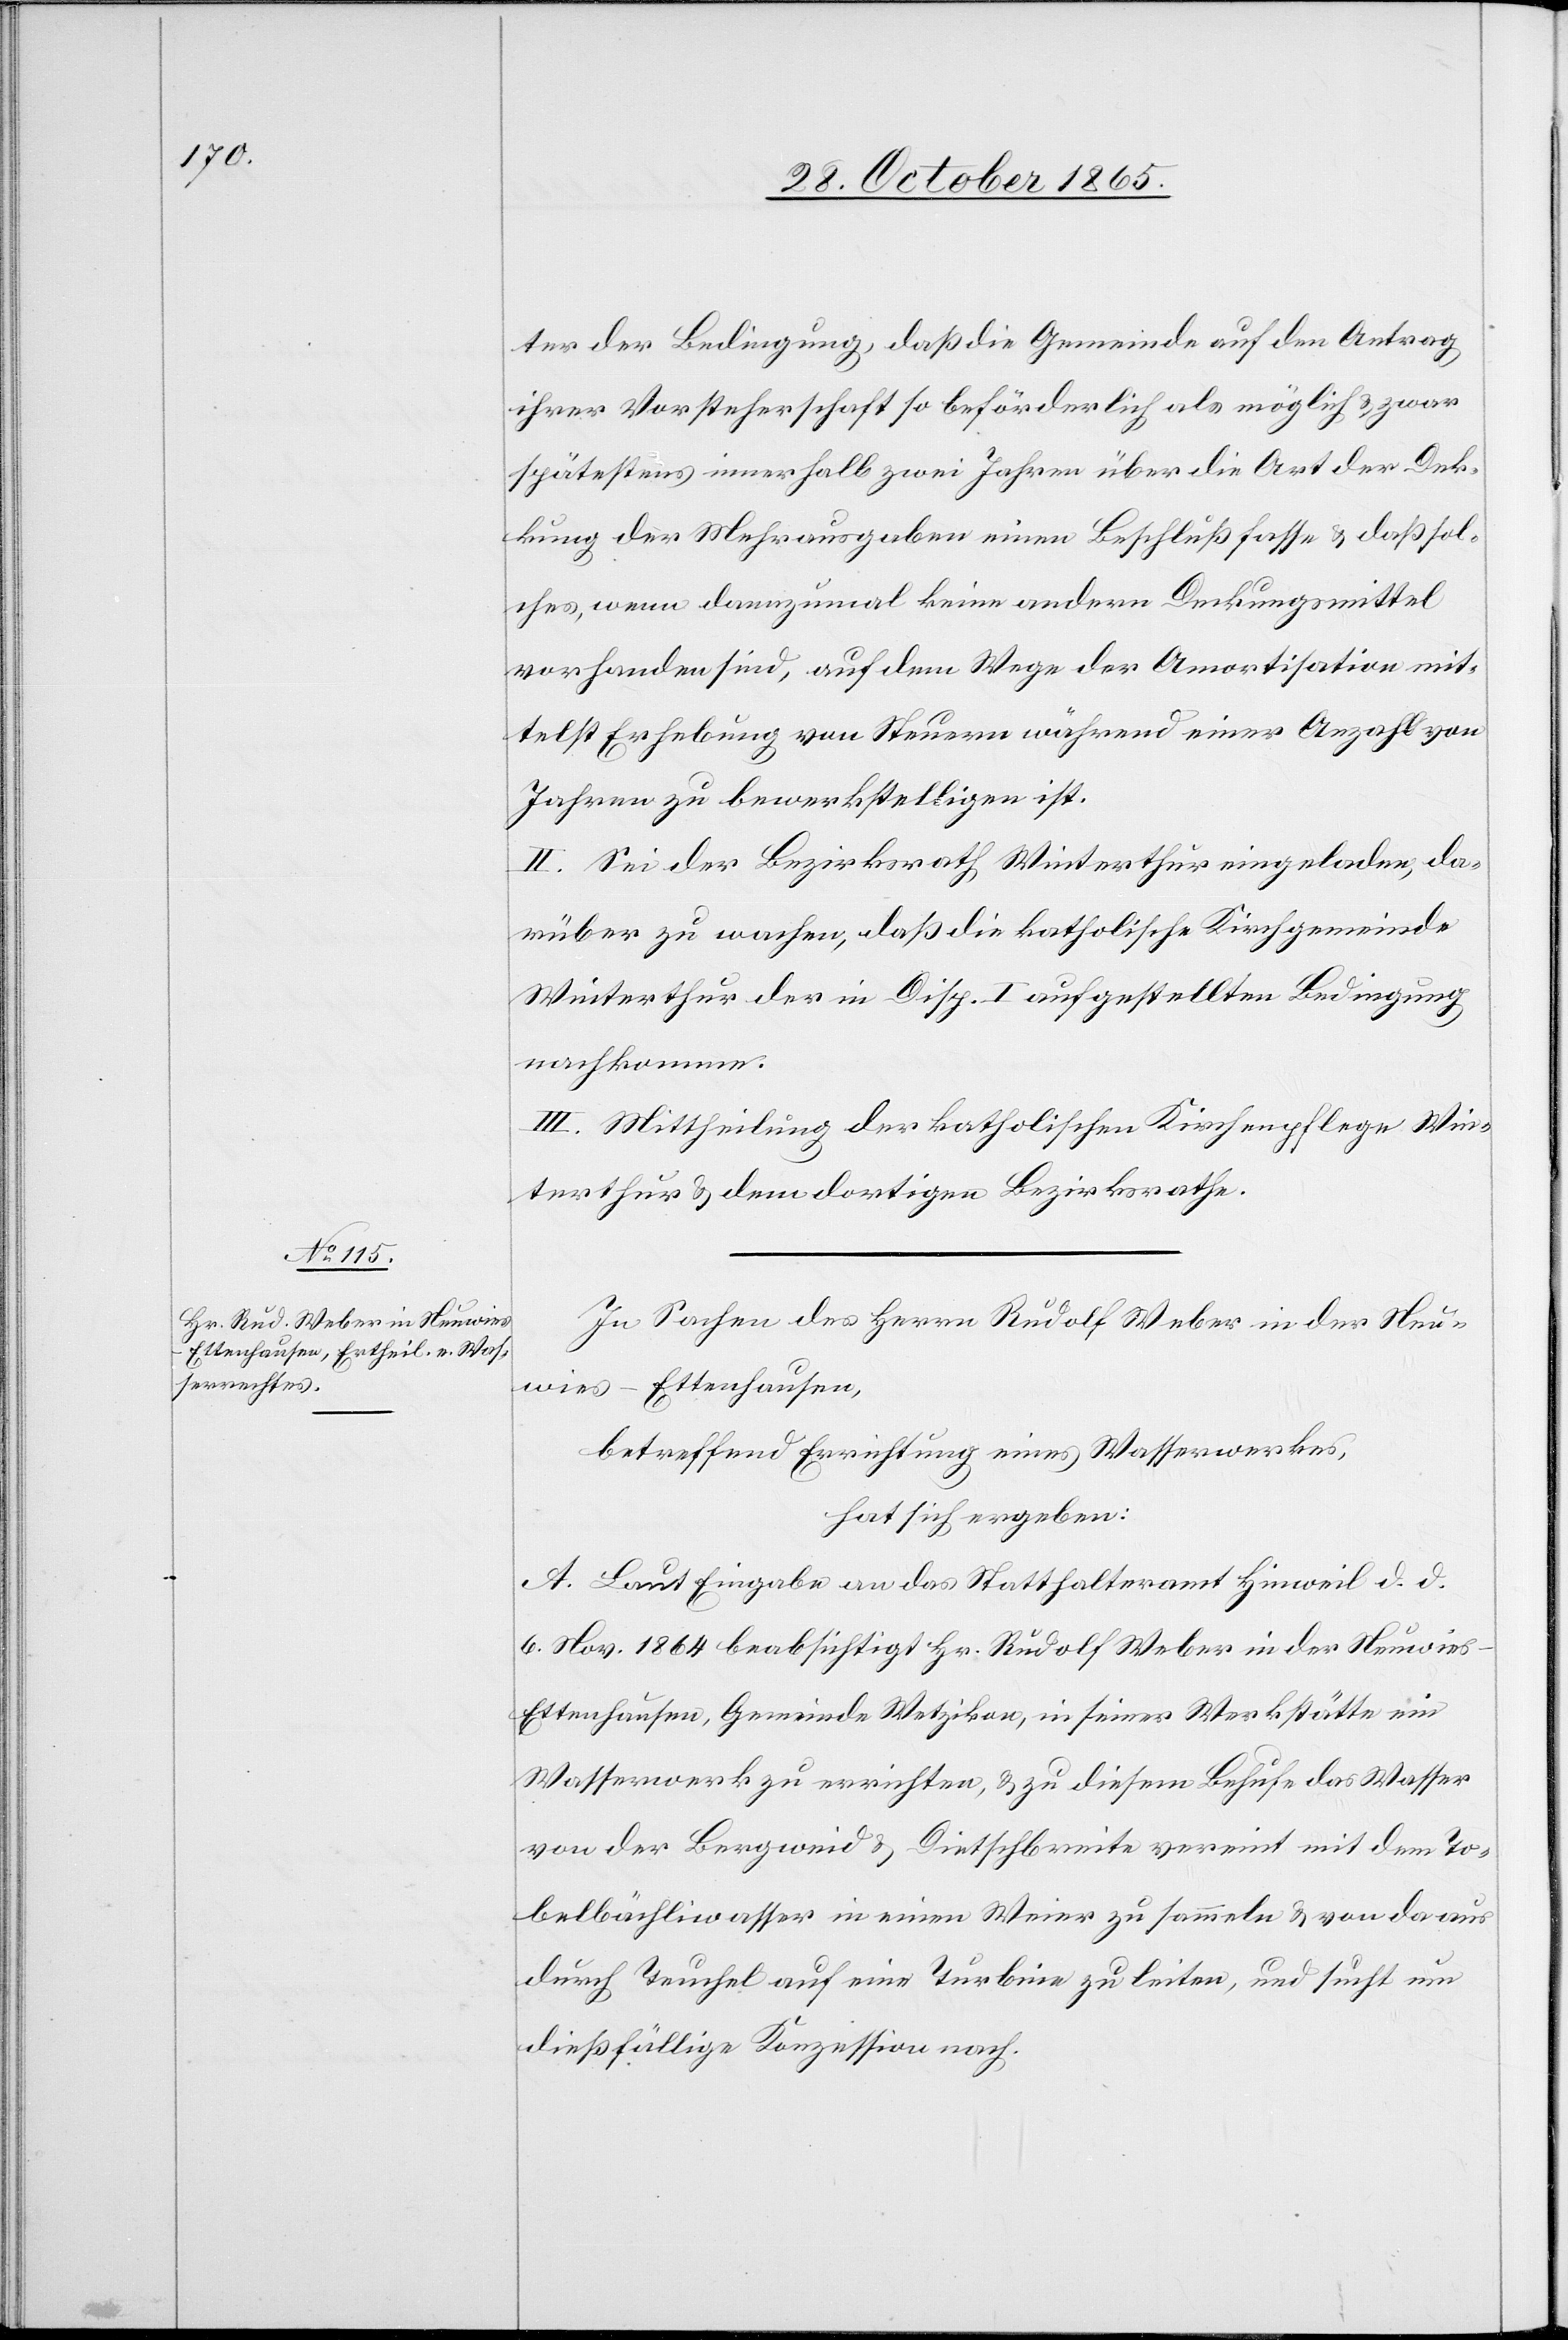
ter der Bedingung, daß die Gemeinde auf den Antrag
ihrer Vorsteherschaft so beförderlich als möglich & zwar
spätestens innerhalb zwei Jahren über die Art der Dek¬
kung der Mehrausgaben einen Beschluß fasse & daß sol¬
ches, wenn dannzumal keine andern Deckungsmittel
vorhanden sind, auf dem Wege der Amortisation mit¬
telst Erhebung von Steuern während einer Anzahl von
Jahren zu bewerkstelligen ist.
II. Sei der Bezirksrath Winterthur eingeladen, da¬
rüber zu wachen, daß die katholische Kirchgemeinde
Winterthur der in Disp. I aufgestellten Bedingung
nachkomme.
III. Mittheilung der katholischen Kirchenpflege Win¬
terthur & dem dortigen Bezirksrathe.
In Sachen des Herrn Rudolf Weber in der Neu¬
wies - Ettenhausen,
betreffend Errichtung eines Wasserwerkes,
hat sich ergeben:
A. Laut Eingabe an das Statthalteramt Hinweil d. d.
6. Nov. 1864 beabsichtigt Hr. Rudolf Weber in der Neuwies
Ettenhausen, Gemeinde Wetzikon, in seiner Werkstätte ein
Wasserwerk zu errichten, & zu diesem Behufe das Wasser
von der Bergweid & Dietschbreite vereint mit dem To¬
belbächliwasser in einen Weier zu sammeln & von da aus
durch Teuchel auf eine Turbine zu leiten, und sucht um
dießfällige Konzession nach.